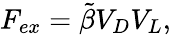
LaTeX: F_{ex}=\tilde{\beta}V_{D}V_{L},